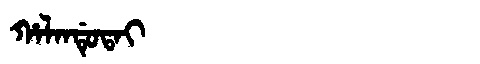
Manchu: ᡥᠠᠯᠠᠨᡩᡠᡨᠠᡳ
Romanization: HALANDUTAI